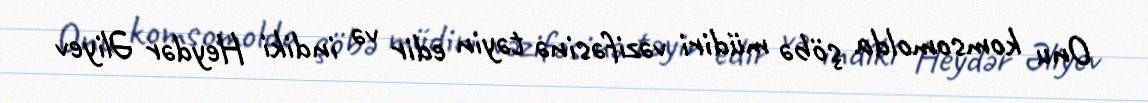
Onu komsomolda şöbə müdiri vəzifəsinə təyin edir və indiki Heydər Əliyev